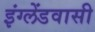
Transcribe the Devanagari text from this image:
इंग्लेंडवासी